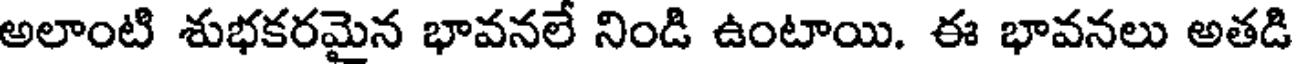
అలాంటి శుభకరమైన భావనలే నిండి ఉంటాయి. ఈ భావనలు అతడి